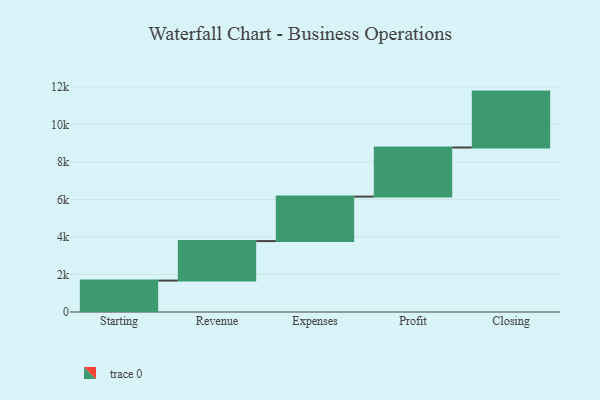
{"axis": {"x": "Step", "y": "Value"}, "legend": [""], "data": [{"x": "Starting", "y": 1674.0, "type": ""}, {"x": "Revenue", "y": 2105.0, "type": ""}, {"x": "Expenses", "y": 2370.0, "type": ""}, {"x": "Profit", "y": 2616.0, "type": ""}, {"x": "Closing", "y": 2979.0, "type": ""}]}